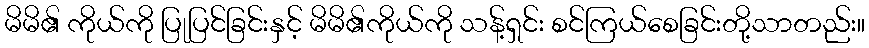
မိမိ၏ ကိုယ်ကို ပြုပြင်ခြင်းနှင့် မိမိ၏ကိုယ်ကို သန့်ရှင်း စင်ကြယ်စေခြင်းတို့သာတည်း။